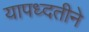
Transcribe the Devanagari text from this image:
यापध्दतीने